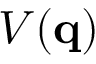
V ( \mathbf { q } )